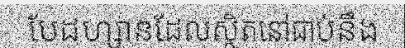
បែដហ្សានដែលស្ថិតនៅជាប់នឹង